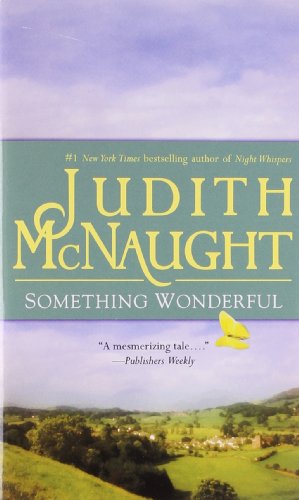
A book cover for Something Wonderful; Judith McNaught; Romance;